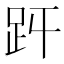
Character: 𧿋